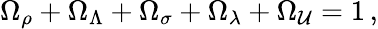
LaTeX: \Omega_{\rho}+\Omega_{\Lambda}+\Omega_{\sigma}+\Omega_{\lambda}+\Omega_{\cal U}=1\, ,